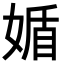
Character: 𡟈